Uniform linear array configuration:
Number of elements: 16
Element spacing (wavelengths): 0.25
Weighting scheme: blackman
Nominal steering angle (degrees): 0
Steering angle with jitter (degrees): -0.3754
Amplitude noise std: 0.05
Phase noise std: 0.05

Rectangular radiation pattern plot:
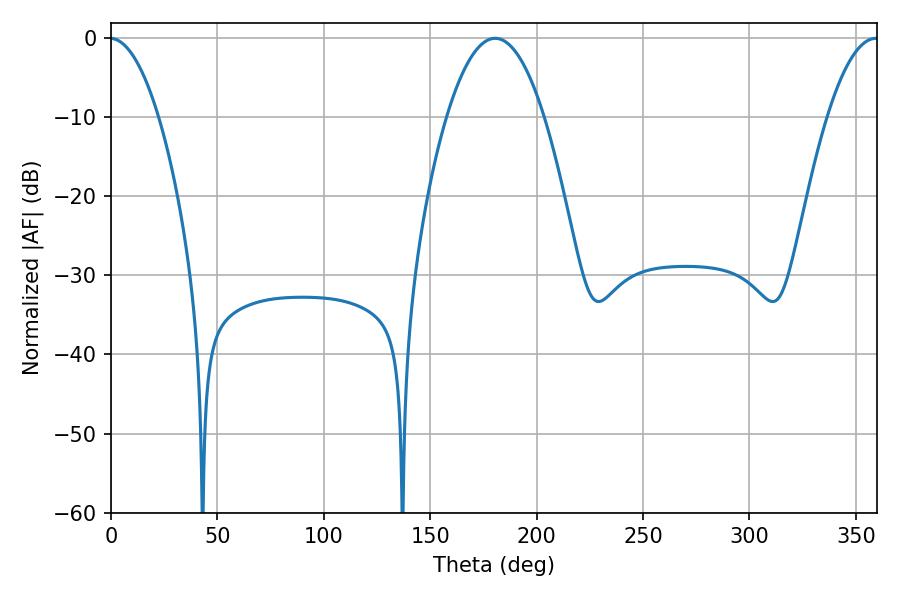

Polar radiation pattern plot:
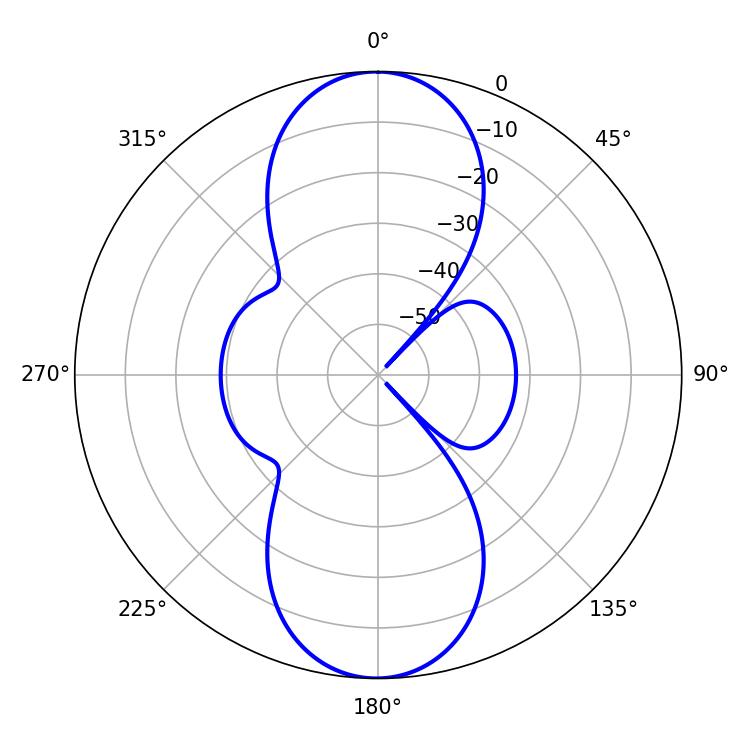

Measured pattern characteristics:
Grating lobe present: FALSE
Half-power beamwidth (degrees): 25.2
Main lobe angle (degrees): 180.54